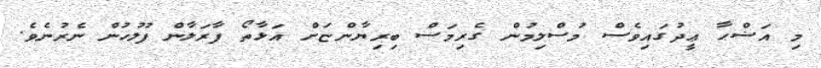
މި އަޟްޙާ ޢީދުގައިވެސް މުސްލިމުން ގެރިމަސް ބިރިޔާންޏަށް އަޅާތޯ ފާރަލާން ފުލުހުން ނެރުނެވެ.